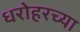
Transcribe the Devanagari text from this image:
धरोहरच्या